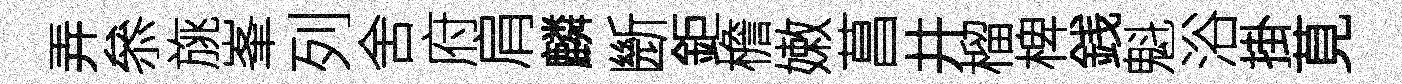
弄叅旐峯列舍府肩麟㫁鉅檐嫩菖井榴椑銭魁浴掛莧